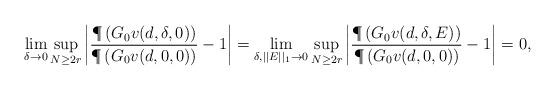
LaTeX: \begin{align*}\lim_{\delta\to 0} \sup_{N \geq 2r} \left| \frac{\P\left( G_0v(d,\delta,0) \right) }{\P\left( G_0v(d,0,0) \right) } - 1 \right|=\lim_{\delta, ||E||_1\to 0} \sup_{N \geq 2r} \left| \frac{\P\left( G_0v(d,\delta,E) \right) }{\P\left( G_0v(d,0,0) \right) } - 1 \right|= 0,\end{align*}